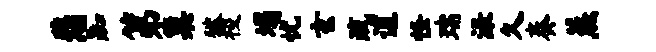
悲踟第巢狱稷塌忧玄疏逋怪瑞渌久奏蒸